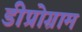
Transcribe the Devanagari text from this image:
डीप्रोग्राम